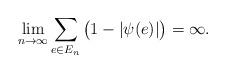
LaTeX: \begin{align*}\lim_{n\to\infty}\sum_{e\in E_n}\big(1-|\psi(e)|\big) = \infty.\end{align*}